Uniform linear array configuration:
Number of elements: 8
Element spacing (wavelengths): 0.5
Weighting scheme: exponential
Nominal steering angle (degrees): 60
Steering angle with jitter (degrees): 59.998
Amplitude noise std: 0.05
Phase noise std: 0.05

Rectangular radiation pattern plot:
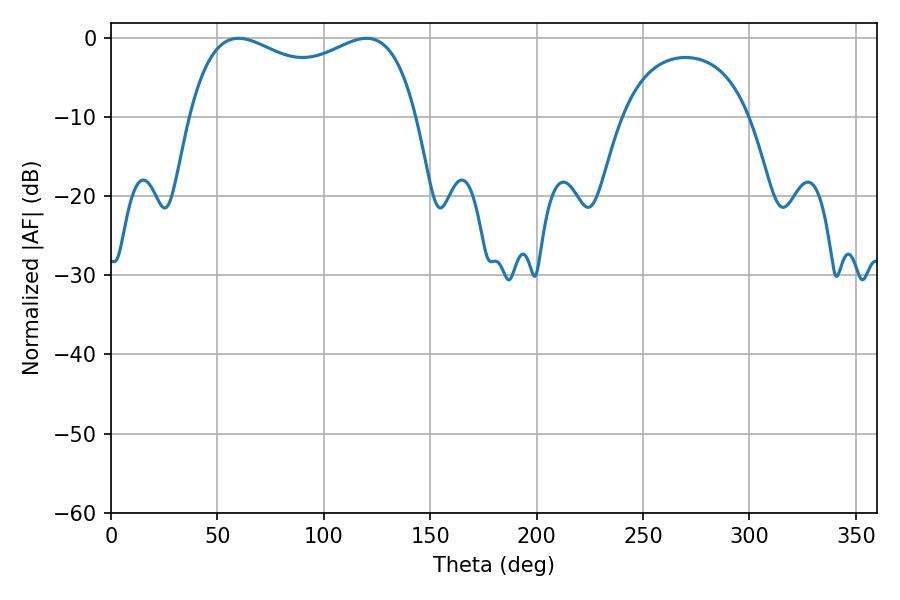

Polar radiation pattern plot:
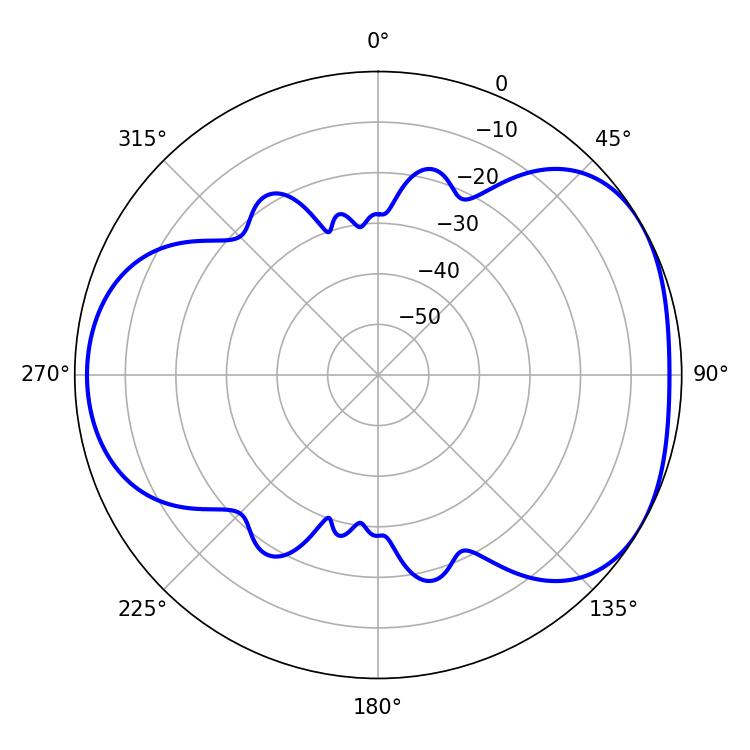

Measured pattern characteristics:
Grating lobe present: FALSE
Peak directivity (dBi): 4.306
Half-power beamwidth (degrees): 88.56
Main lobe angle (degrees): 59.94